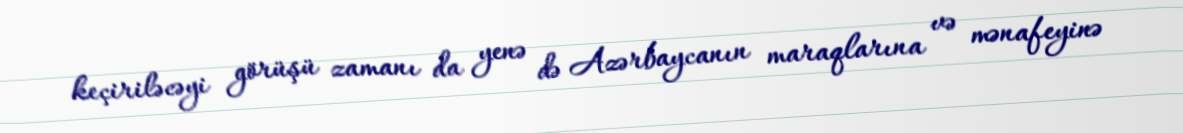
keçiriləcəyi görüşü zamanı da yenə də Azərbaycanın maraqlarına və mənafeyinə